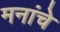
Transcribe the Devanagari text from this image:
मनांचे